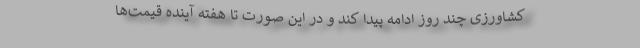
کشاورزی چند روز ادامه پیدا کند و در این صورت تا هفته آینده قیمت‌ها